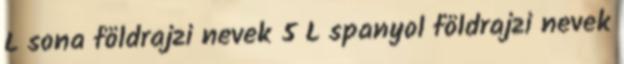
L sona földrajzi nevek‎ 5 L spanyol földrajzi nevek‎